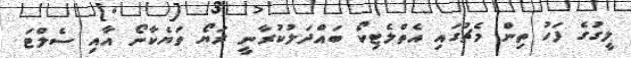
ލީގުގެ ފަހު ތިން މެޗުގައި އެތްލެޓިކޯ ބައްދަލުކުރާނީ ރަޔޯ ވަޔެކާނޯ އާއި ސެލްޓަ